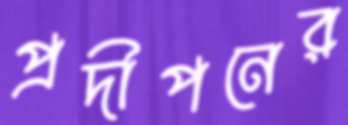
প্রদীপনের